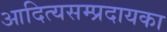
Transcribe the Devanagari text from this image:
आदित्यसम्प्रदायका